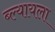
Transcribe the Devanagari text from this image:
ब्ल्यायला